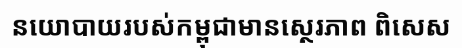
នយោបាយរបស់កម្ពុជាមានស្ថេរភាព ពិសេស